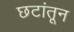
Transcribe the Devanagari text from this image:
छटांतून